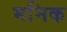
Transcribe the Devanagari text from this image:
मनिक